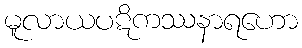
မူလာယပဋိကဿနာရဟော